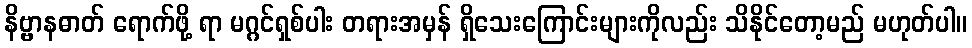
နိဗ္ဗာနဓာတ် ရောက်ဖို့ ရာ မဂ္ဂင်ရှစ်ပါး တရားအမှန် ရှိသေးကြောင်းများကိုလည်း သိနိုင်တော့မည် မဟုတ်ပါ။